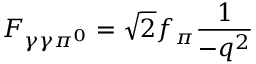
F _ { \gamma \gamma \pi ^ { 0 } } = \sqrt { 2 } f _ { \pi } \frac { 1 } { - q ^ { 2 } }